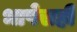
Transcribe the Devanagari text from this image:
भाषेसही